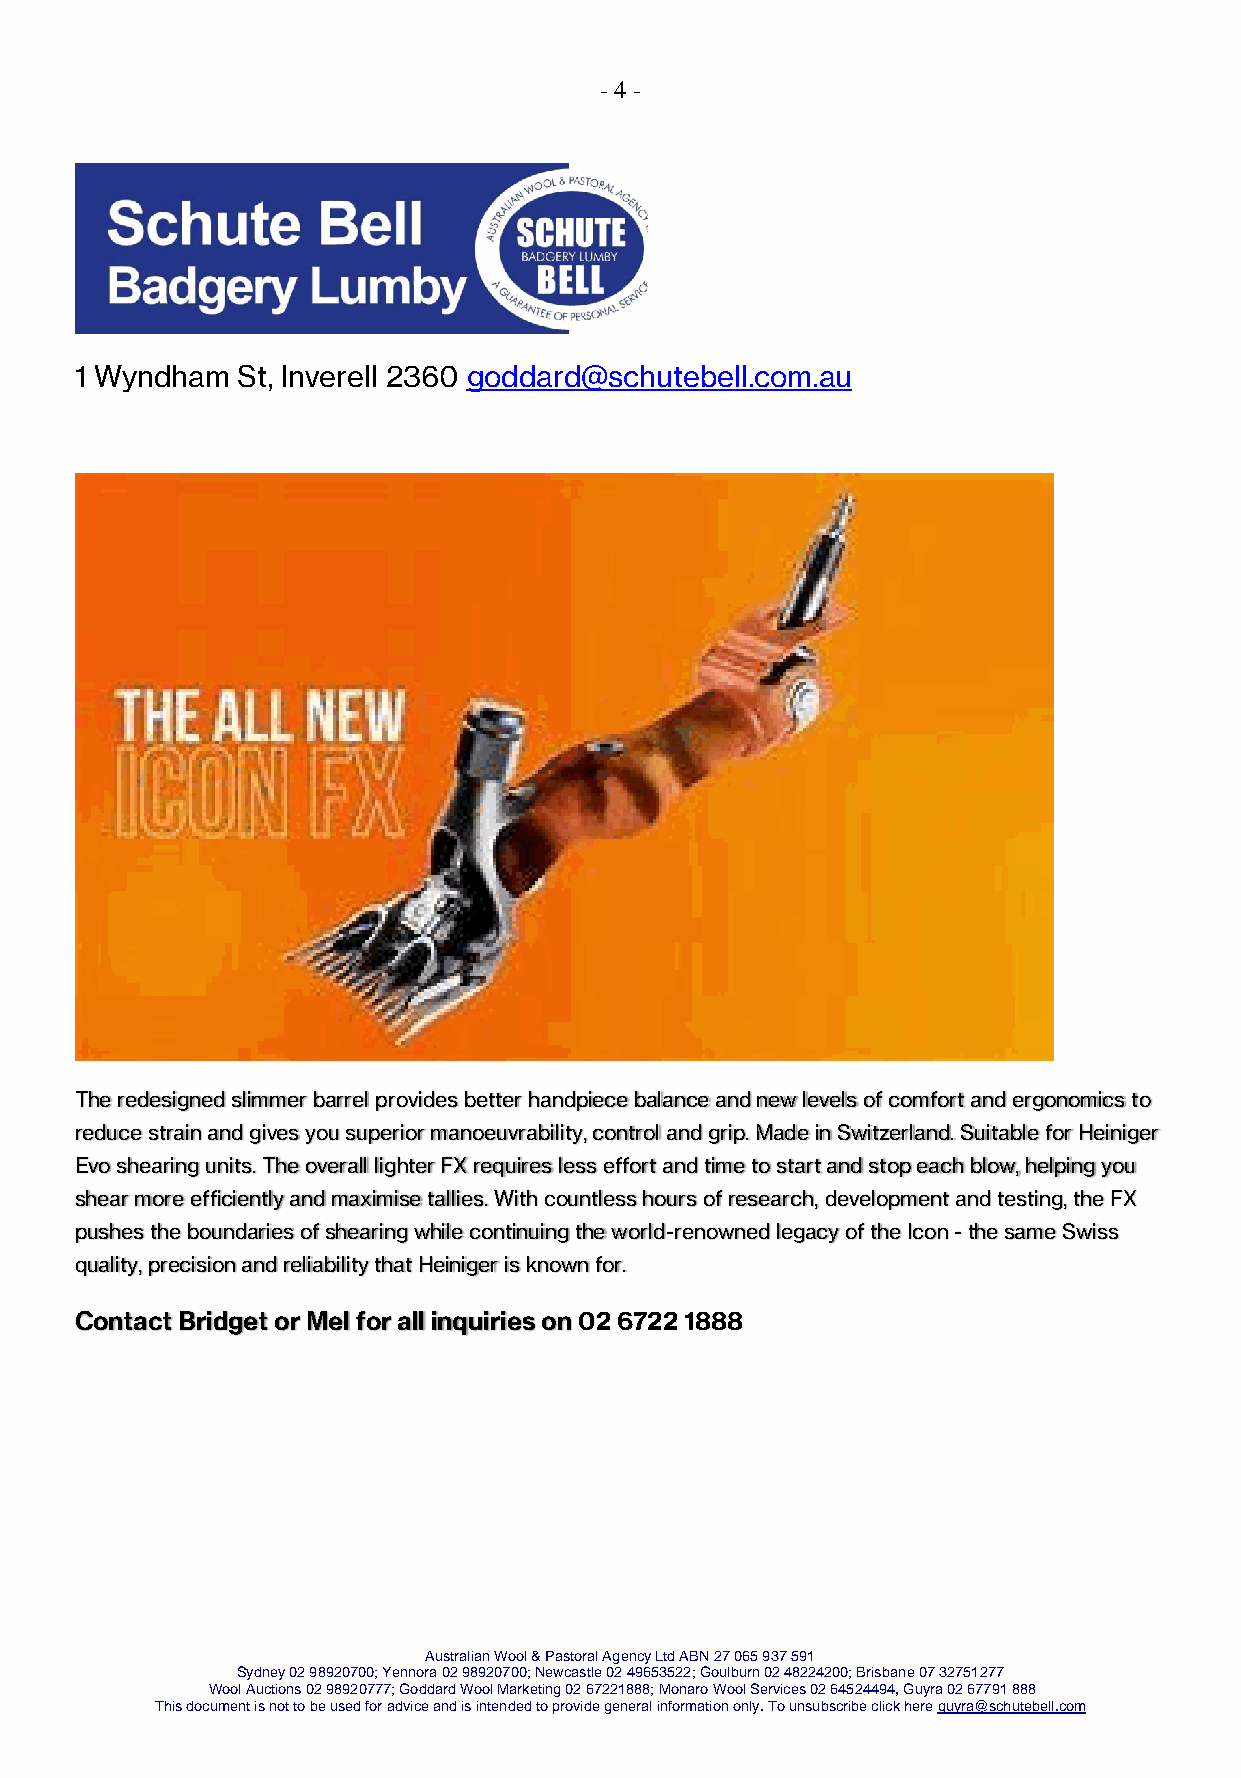
- 4 -
 1 Wyndham  St, Inverell 2360 goddard@schutebell.com.au
 The redesigned slimmer barrel provides better handpiece balance and new levels of comfort and ergonomics to
 reduce strain and gives you superior manoeuvrability, control and grip. Made in Switzerland. Suitable for Heiniger
 Evo shearing units. The overall lighter FX requires less effort and time to start and stop each blow, helping you
 shear more efficiently and maximise tallies. With countless hours of research, development and testing, the FX
 pushes the boundaries of shearing while continuing the world-renowned legacy of the Icon - the same Swiss
 quality, precision and reliability that Heiniger is known for.
 Contact Bridget or Mel for all inquiries on 02 6722 1888
 Australian Wool & Pastoral Agency Ltd ABN 27 065 937 591
 Sydney 02 98920700; Yennora 02 98920700; Newcastle 02 49653522; Goulburn 02 48224200; Brisbane 07 32751277
 Wool Auctions 02 98920777; Goddard Wool Marketing 02 67221888; Monaro Wool Services 02 64524494, Guyra 02 67791 888
 This document is not to be used for advice and is intended to provide general information only. To unsubscribe click here guyra@schutebell.com